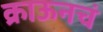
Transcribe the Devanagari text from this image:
क्राऊनचं